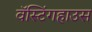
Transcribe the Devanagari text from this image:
वॅस्टिंगहाउस